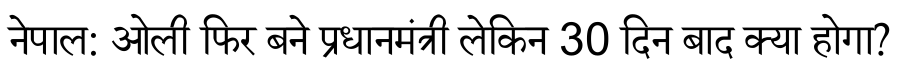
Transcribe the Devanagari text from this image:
नेपाल: ओली फिर बने प्रधानमंत्री लेकिन 30 दिन बाद क्या होगा?